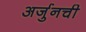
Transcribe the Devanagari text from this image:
अर्जुनची